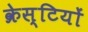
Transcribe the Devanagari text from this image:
क्रेस्टियों